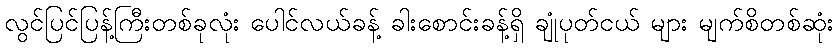
လွင်ပြင်ပြန့်ကြီးတစ်ခုလုံး ပေါင်လယ်ခန့် ခါးစောင်းခန့်ရှိ ချုံပုတ်ငယ် များ မျက်စိတစ်ဆုံး